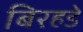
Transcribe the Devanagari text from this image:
बिरहडे